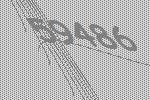
59486